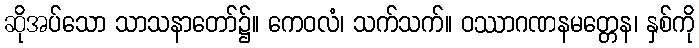
ဆိုအပ်သော သာသနာတော်၌။ ကေဝလံ၊ သက်သက်။ ဝဿာဂဏနမတ္တေန၊ နှစ်ကို